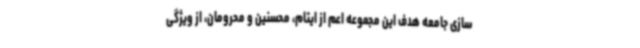
سازی جامعه هدف این مجموعه اعم از ایتام، محسنین و محرومان، از ویژگی